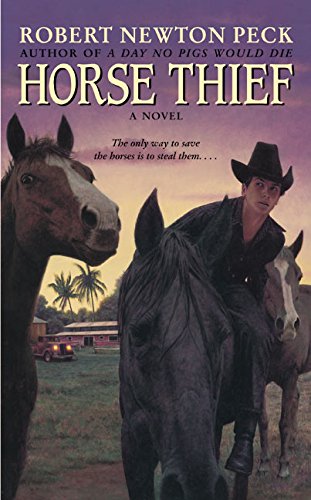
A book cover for Horse Thief; Robert Newton Peck; Teen & Young Adult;